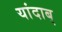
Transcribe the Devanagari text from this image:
यांदाब्